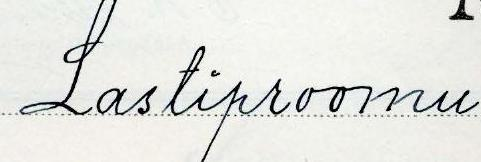
Lastiproomu